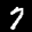
Label: 7